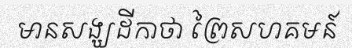
មានសង្ឃដីកាថា ព្រៃសហគមន៍